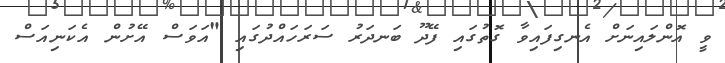
ވީ އޮންލައިނަށް އެނގިފައިވާ ގޮތުގައި ފޭދޫ ބަނދަރު ސަރަހައްދުގައި "އަވަސް އޭށުން އެކަނިއަސް